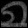
Digit: ၈